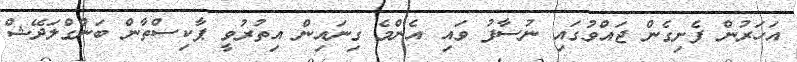
އަހަރުން ފެށިގެން ޖައްވުގައި ނުސާފު ވައި އެންމެ ގިނައިން އިތުރުވީ ޕާކިސްތާން ބަންގްލަދޭޝް